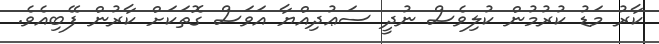
ކާރު މަޑު ކުރުމުން ކުލިވެސް ނުދީ ސަޢުދިއްޔާ އަވަސް ގޮތަކަށް ކާރުން ފޭބިއެވެ.